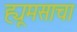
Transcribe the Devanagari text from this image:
ह्यूमसाचा